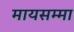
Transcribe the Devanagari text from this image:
मायसम्मा